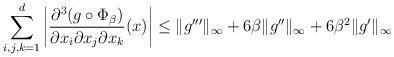
LaTeX: \begin{align*}\sum_{i,j,k=1}^d\left|\frac{\partial^3(g\circ\Phi_\beta)}{\partial x_i\partial x_j\partial x_k}(x)\right|\leq\|g'''\|_\infty+6\beta\|g''\|_\infty+6\beta^2\|g'\|_\infty\end{align*}